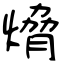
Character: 熁